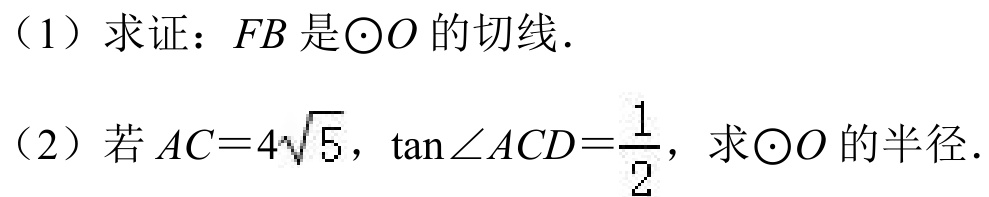
（1）求证：\(FB\) 是\(\odot O\) 的切线．
（2）若 \(AC = 4\sqrt{5}\)，\(\tan\angle ACD=\frac{1}{2}\)，求\(\odot O\) 的半径．